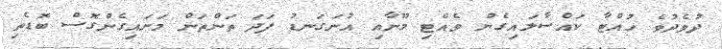
ދުވެދުވެ ހުއްޓާ ކައްސާލައިގެން ވެއްޓި މޫނާއި އުނަގަނޑު ފަދަ ތަންތަން މަށައިގެންގޮސް ބޮޑެތި